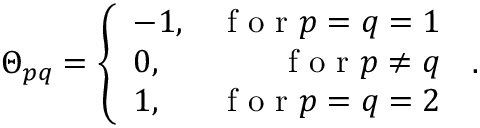
\Theta _ { p q } = \left\{ \begin{array} { l r } { - 1 , } & { \mathrm { ~ f ~ o ~ r ~ } p = q = 1 } \\ { 0 , } & { \mathrm { ~ f ~ o ~ r ~ } p \neq q } \\ { 1 , } & { \mathrm { ~ f ~ o ~ r ~ } p = q = 2 } \end{array} \right. \, .